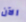
الآن